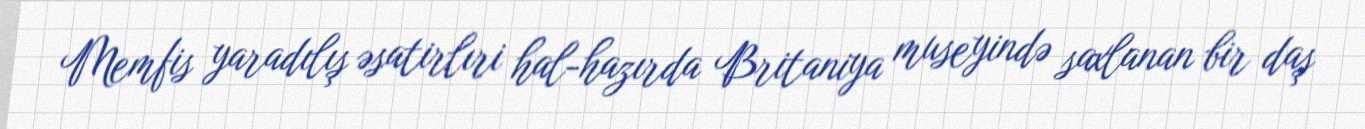
Memfis yaradılış əsatirlıri hal-hazırda Britaniya museyində saxlanan bir daş